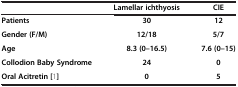
<table><thead><tr><td><b> </b></td><td><b>Lamellar ichthyosis</b></td><td><b>CIE</b></td></tr></thead><tbody><tr><td><b>Patients</b></td><td><b>30</b></td><td><b>12</b></td></tr><tr><td><b>Gender (F/M)</b></td><td><b>12/18</b></td><td><b>5/7</b></td></tr><tr><td><b>Age</b></td><td><b>8.3 (0–16.5)</b></td><td><b>7.6 (0–15)</b></td></tr><tr><td><b>Collodion Baby Syndrome</b></td><td><b>24</b></td><td><b>0</b></td></tr><tr><td><b>Oral Acitretin</b>[1]</td><td><b>0</b></td><td><b>5</b></td></tr></tbody></table>